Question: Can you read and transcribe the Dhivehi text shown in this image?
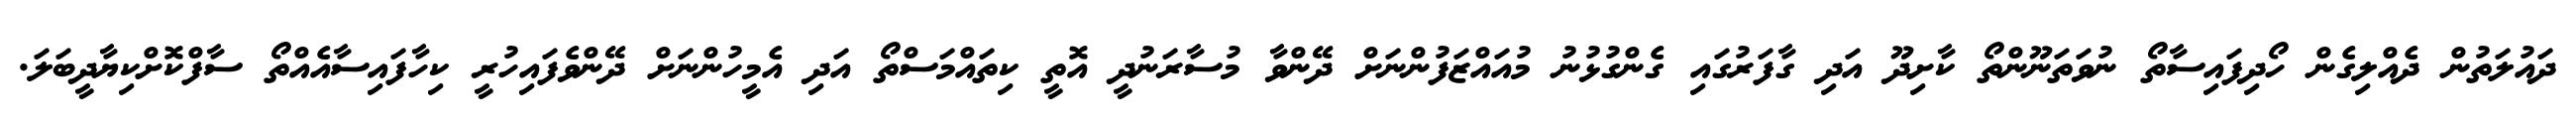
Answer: ދައުލަތުން ދެއްލިގެން ހޯދިފައިސާތޯ ނުވަތަނޫންތޯ ކާށިދޫ އަދި ގާފަރުގައި ގެންގުޅުނު މުއައްޒަފުންނަށް ދޭންވާ މުސާރަނުދީ އޮތީ ކިތައްމަސްތޯ އަދި އެމީހުންނަށް ދޭންވެފައިހުރީ ކިހާފައިސާއެއްތޯ ސާފްކޮށްކިޔާދީބަލަ.